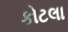
કોટલા